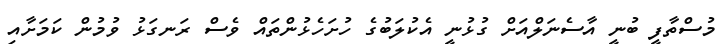
މުސްތާފީ ބުނީ އާސެނަލްއަށް ގުޅުނީ އެކުލަބުގެ ހުށަހެޅުންތައް ވެސް ރަނގަޅު ވުމުން ކަމަށާއި